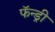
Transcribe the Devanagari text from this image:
फॅन्ड्री